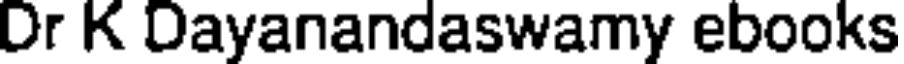
Dr K Dayanandaswamy ebooks